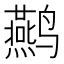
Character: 𮹜